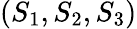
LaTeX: (S_{1},S_{2},S_{3})